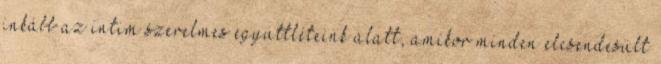
inkább az intim szerelmes együttléteink alatt, amikor minden elcsendesült